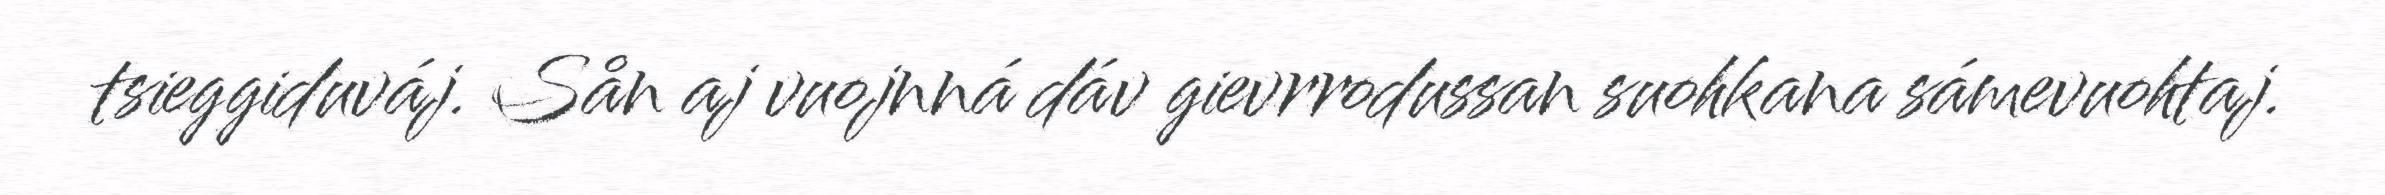
tsieggiduváj. Sån aj vuojnná dáv gievrrodussan suohkana sámevuohtaj.